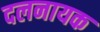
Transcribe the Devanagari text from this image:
दलनायक